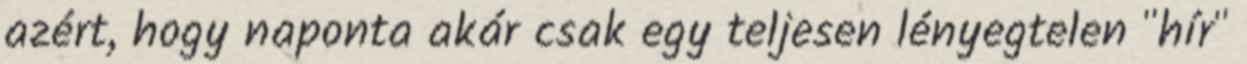
azért, hogy naponta akár csak egy teljesen lényegtelen "hí­r"